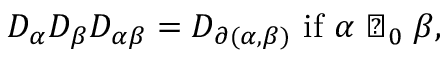
D _ { \alpha } D _ { \beta } D _ { \alpha \beta } = D _ { \partial ( \alpha , \beta ) } \mathrm { ~ i f ~ } \alpha \perp _ { 0 } \beta ,